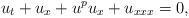
LaTeX: \begin{align*}u_t+u_x+u^pu_x+u_{xxx}=0,\end{align*}